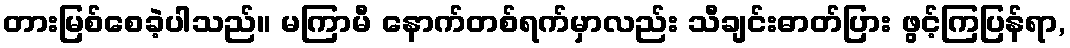
တားမြစ်စေခဲ့ပါသည်။ မကြာမီ နောက်တစ်ရက်မှာလည်း သီချင်းဓာတ်ပြား ဖွင့်ကြပြန်ရာ,